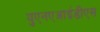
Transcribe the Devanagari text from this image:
युएनएआईडीएस